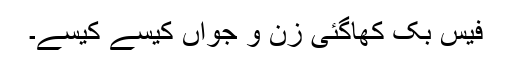
فیس بک کھاگئی زن و جواں کیسے کیسے۔